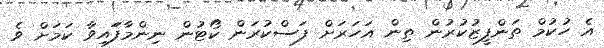
އެ ހުކުމް ތަންފީޒުކުރުން ތިން އަހަރަށް ފަސްކުރަން ކޯޓުން ނިންމާފަައިވާ ކަމަށް ވެ